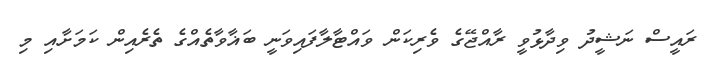
ރައީސް ނަޝީދު ވިދާޅުވީ ރާއްޖޭގެ ވެރިކަން ވައްޓާލާފައިވަނީ ބަޣާވާތެއްގެ ތެރެއިން ކަމަށާއި މި